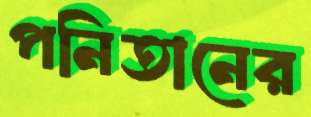
পনিতানের